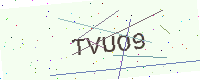
Text: TVUO9